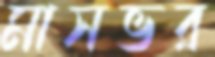
মাসভর